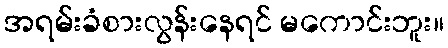
အရမ်းခံစားလွန်းနေရင် မကောင်းဘူး။